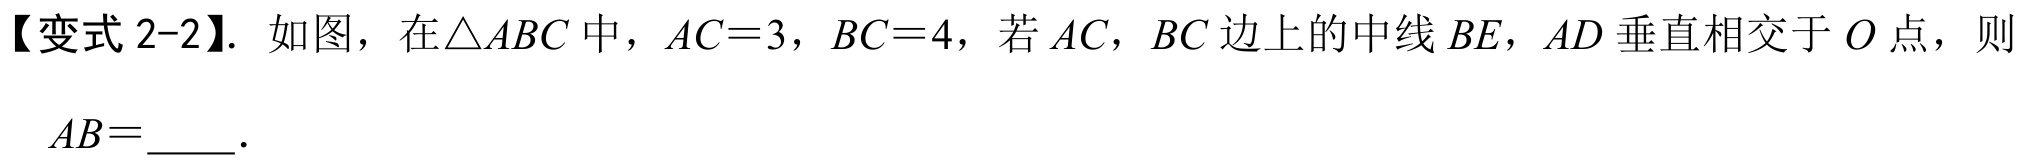
【变式 2-2】. 如图，在\(\triangle ABC\)中，\(AC = 3\)，\(BC = 4\)，若\(AC\)，\(BC\)边上的中线\(BE\)，\(AD\)垂直相交于\(O\)点，则\(AB=\)  ．